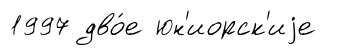
1997 дво́е юн'иорск'иjе